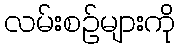
လမ်းစဉ်များကို